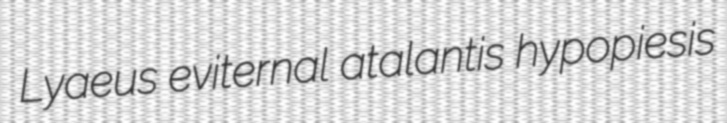
Lyaeus eviternal atalantis hypopiesis